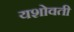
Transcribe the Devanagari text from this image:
यशोवती